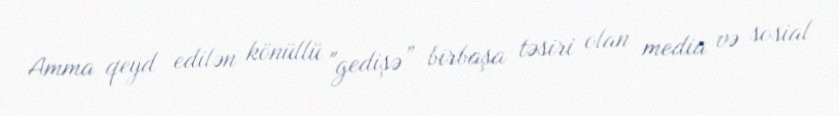
Amma qeyd edilən könüllü "gedişə” birbaşa təsiri olan media və sosial